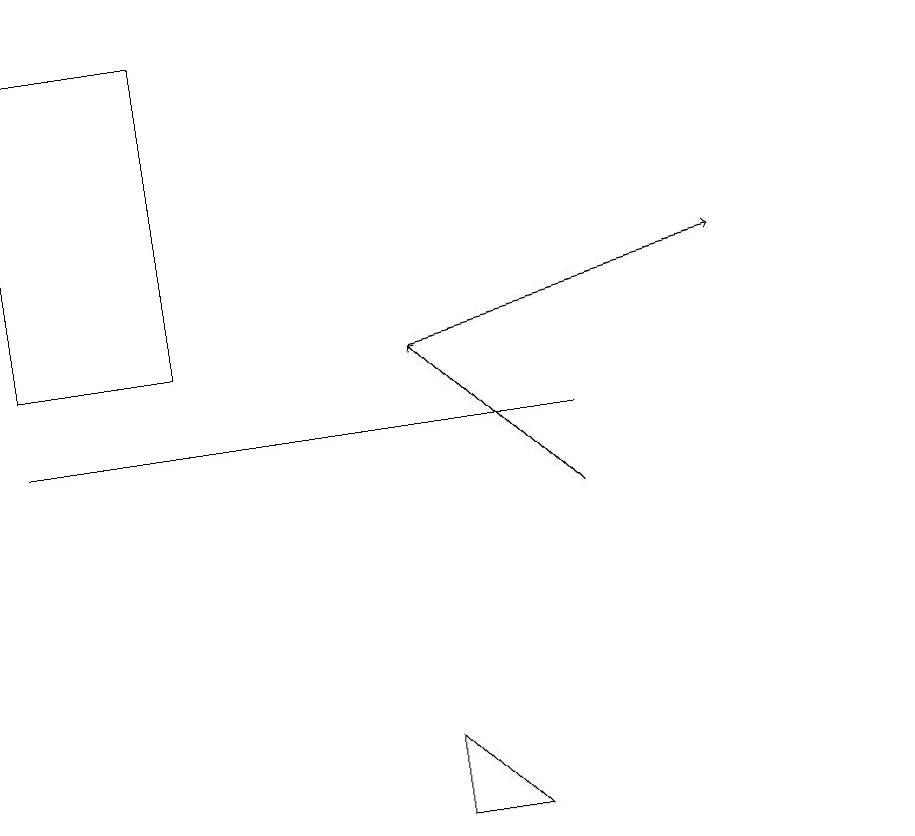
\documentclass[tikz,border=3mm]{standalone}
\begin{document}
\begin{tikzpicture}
\draw[->] (5,12) -- (9,13);
\draw (7,11) rectangle (0,11);
\draw[->] (7,10) -- (5,12);
\draw (5,7) -- (5,6) -- (6,6) -- cycle;
\draw (2,16) rectangle (0,12);
\draw (11,11) circle (0);
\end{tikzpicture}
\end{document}